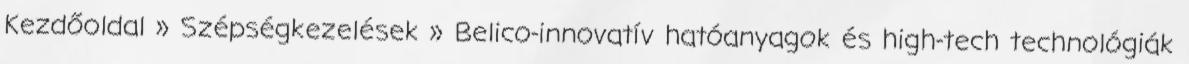
Kezdőoldal » Szépségkezelések » Belico-innovatív hatóanyagok és high-tech technológiák